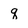
Character: q